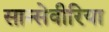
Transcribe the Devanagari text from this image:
सान्सेवीरिया